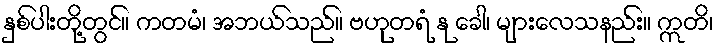
နှစ်ပါးတို့တွင်။ ကတမံ၊ အဘယ်သည်။ ဗဟုတရံ နု ခေါ၊ များလေသနည်း။ ဣတိ၊